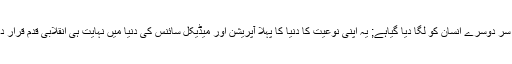
ایک انسان کا سر دوسرے انسان کو لگا دیا گیاہے; یہ اپنی نوعیت کا دنیا کا پہلا آپریشن اور میڈیکل سائنس کی دنیا میں نہایت ہی انقلابی قدم قرار دیا جا رہا ہے۔